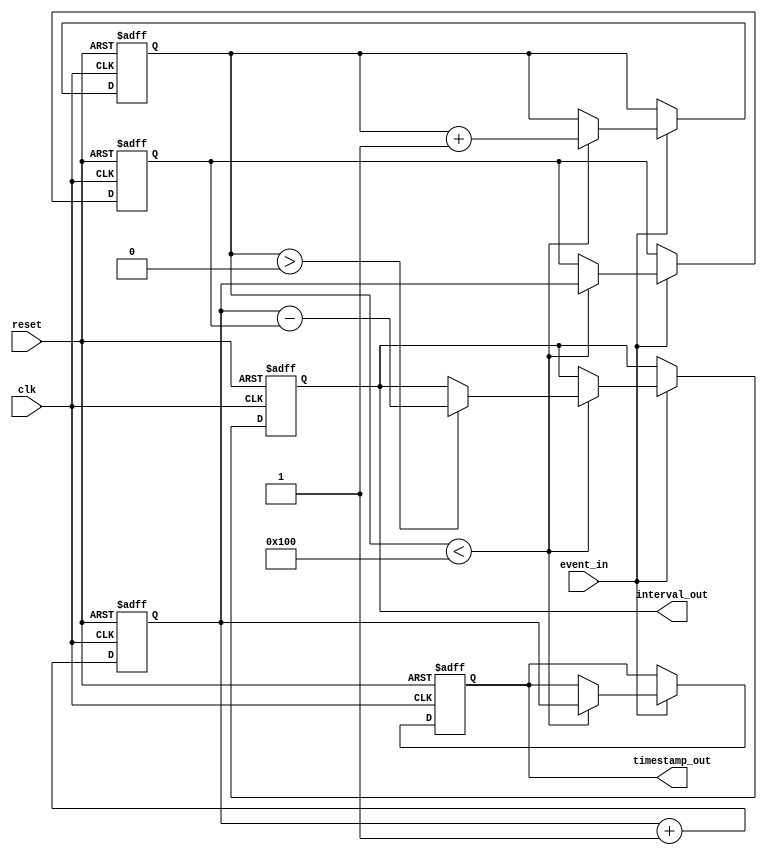
module TDC (
    input wire clk,               // Clock input
    input wire reset,             // Reset signal
    input wire event_in,          // Event input signal
    output reg [31:0] interval_out,// Output for time intervals
    output reg [31:0] timestamp_out // Output for the last timestamp
);

    // Parameters
    parameter MAX_EVENTS = 256;   // Maximum number of events to store
    parameter COUNTER_WIDTH = 32; // Width of the counter

    // Internal signals
    reg [COUNTER_WIDTH-1:0] counter; // Binary counter
    reg [COUNTER_WIDTH-1:0] timestamps[MAX_EVENTS-1:0]; // Memory block for timestamps
    reg [7:0] event_count; // Count of events detected
    reg [COUNTER_WIDTH-1:0] last_timestamp; // Last event timestamp

    // Event detection and timestamping
    always @(posedge clk or posedge reset) begin
        if (reset) begin
            counter <= 0;
            event_count <= 0;
            last_timestamp <= 0;
            interval_out <= 0;
            timestamp_out <= 0;
        end else begin
            // Increment the counter
            counter <= counter + 1;

            // Detect event and store timestamp
            if (event_in) begin
                if (event_count < MAX_EVENTS) begin
                    timestamps[event_count] <= counter; // Store current timestamp
                    timestamp_out <= counter; // Output current timestamp
                    if (event_count > 0) begin
                        // Calculate interval
                        interval_out <= counter - last_timestamp;
                    end
                    last_timestamp <= counter; // Update last timestamp
                    event_count <= event_count + 1; // Increment event count
                end else begin
                    // Handle overflow of events
                    // Optionally reset or overwrite old timestamps
                    // Here we simply ignore new events
                end
            end
        end
    end

endmodule